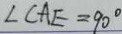
\angle C A E = 9 0 ^ { \circ }